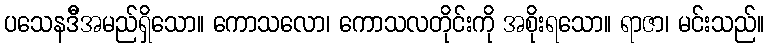
ပသေနဒီိအမည်ရှိသော။ ကောသလော၊ ကောသလတိုင်းကို အစိုးရသော။ ရာဇာ၊ မင်းသည်။